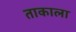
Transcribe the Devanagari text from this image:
ताकाला